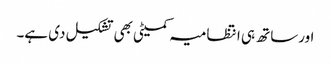
اورساتھ ہی انتظامیہ کمیٹی بھی تشکیل دی ہے۔